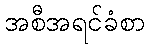
အစီအရင်ခံစာ